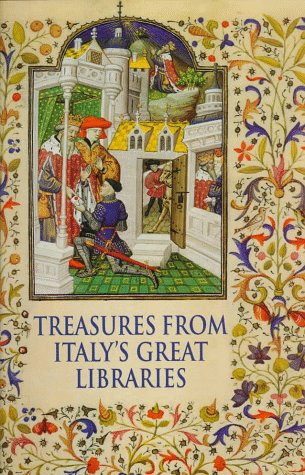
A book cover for Treasures from Italy's Great Libraries; Anna Rita Fantoni; Arts & Photography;